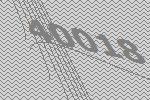
40018